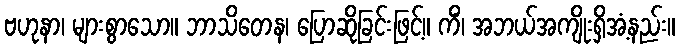
ဗဟုနာ၊ များစွာသော။ ဘာသိတေန၊ ပြောဆိုခြင်းဖြင့်။ ကိံ၊ အဘယ်အကျိုးရှိအံ့နည်း။